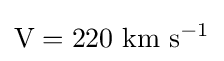
\mathrm {V} =220~\mathrm {km} ~\mathrm {s} ^{-1}